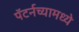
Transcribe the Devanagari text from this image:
पॅटर्नच्यामध्ये